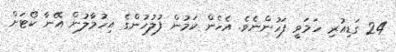
24 ގަޑިއުރި ހަމަވީ ފަހުންނެވެ. އެހެން ކަމުން ފުލުހުންގެ އިހުމާލުން އޭނާ ކޯޓަށް